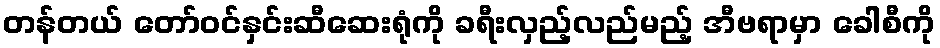
တန်တယ် တော်ဝင်နှင်းဆီဆေးရုံကို ခရီးလှည့်လည်မည့် အီဗရာမှာ ခေါစီကို